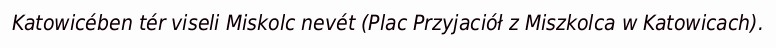
Katowicében tér viseli Miskolc nevét (Plac Przyjaciół z Miszkolca w Katowicach).